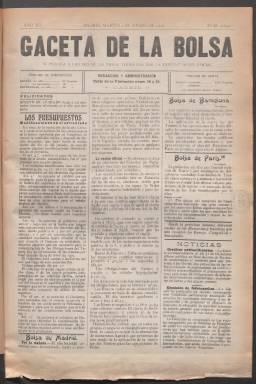
Título: Gaceta de la bolsa y de la propiedad
Colección: Economía
Ámbito geográfico: Madrid
Lugar de publicación: Madrid
Fechas: 02/01/1906-30/12/1935

La revista se compone de la revista semanal propiamente dicha y de una hoja diaria de cotizaciones, con el mismo título y subtítulo que la revista, pero con su propia numeración.